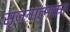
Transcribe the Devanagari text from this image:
सृजनात्मक्ता